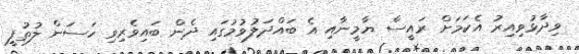
ވިދާޅުވިއިރު އެކަމަށް ރައީސް ޔާމީނާއި އެ ބައްދަލުވުމުގައި ދެން ބައިވެރިވި ހަސަން ލުތުފީ